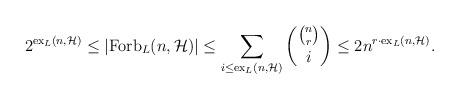
LaTeX: \begin{align*}2^{\mathrm{ex}_L(n, \mathcal{H})}\leq |\mathrm{Forb}_L(n, \mathcal{H})|\leq \sum_{i\leq \mathrm{ex}_L(n, \mathcal{H})}\binom{\binom {n}{r}}{i}\leq 2n^{r\cdot \mathrm{ex}_L(n, \mathcal{H})}.\end{align*}